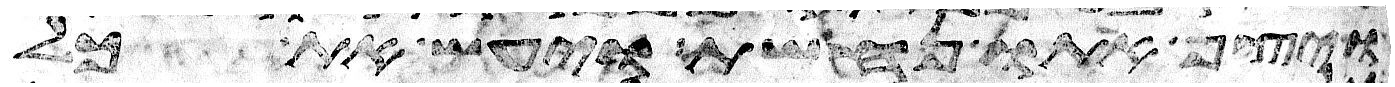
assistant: ויצף אתו נחשת ויעש את כל